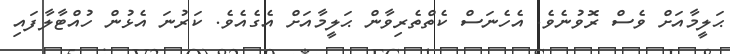
ޙަލީމާއަށް ވެސް ރޮވުނެވެ. އެހެނަސް ކެތްތެރިވާން ޙަލީމާއަށް އެގެއެވެ. ކަރުނަ އެޅުން ހުއްޓާލާފައި